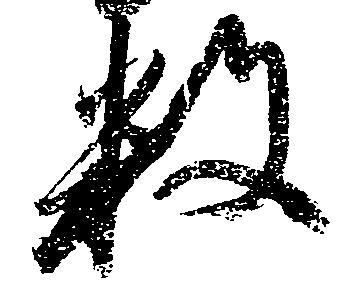
数